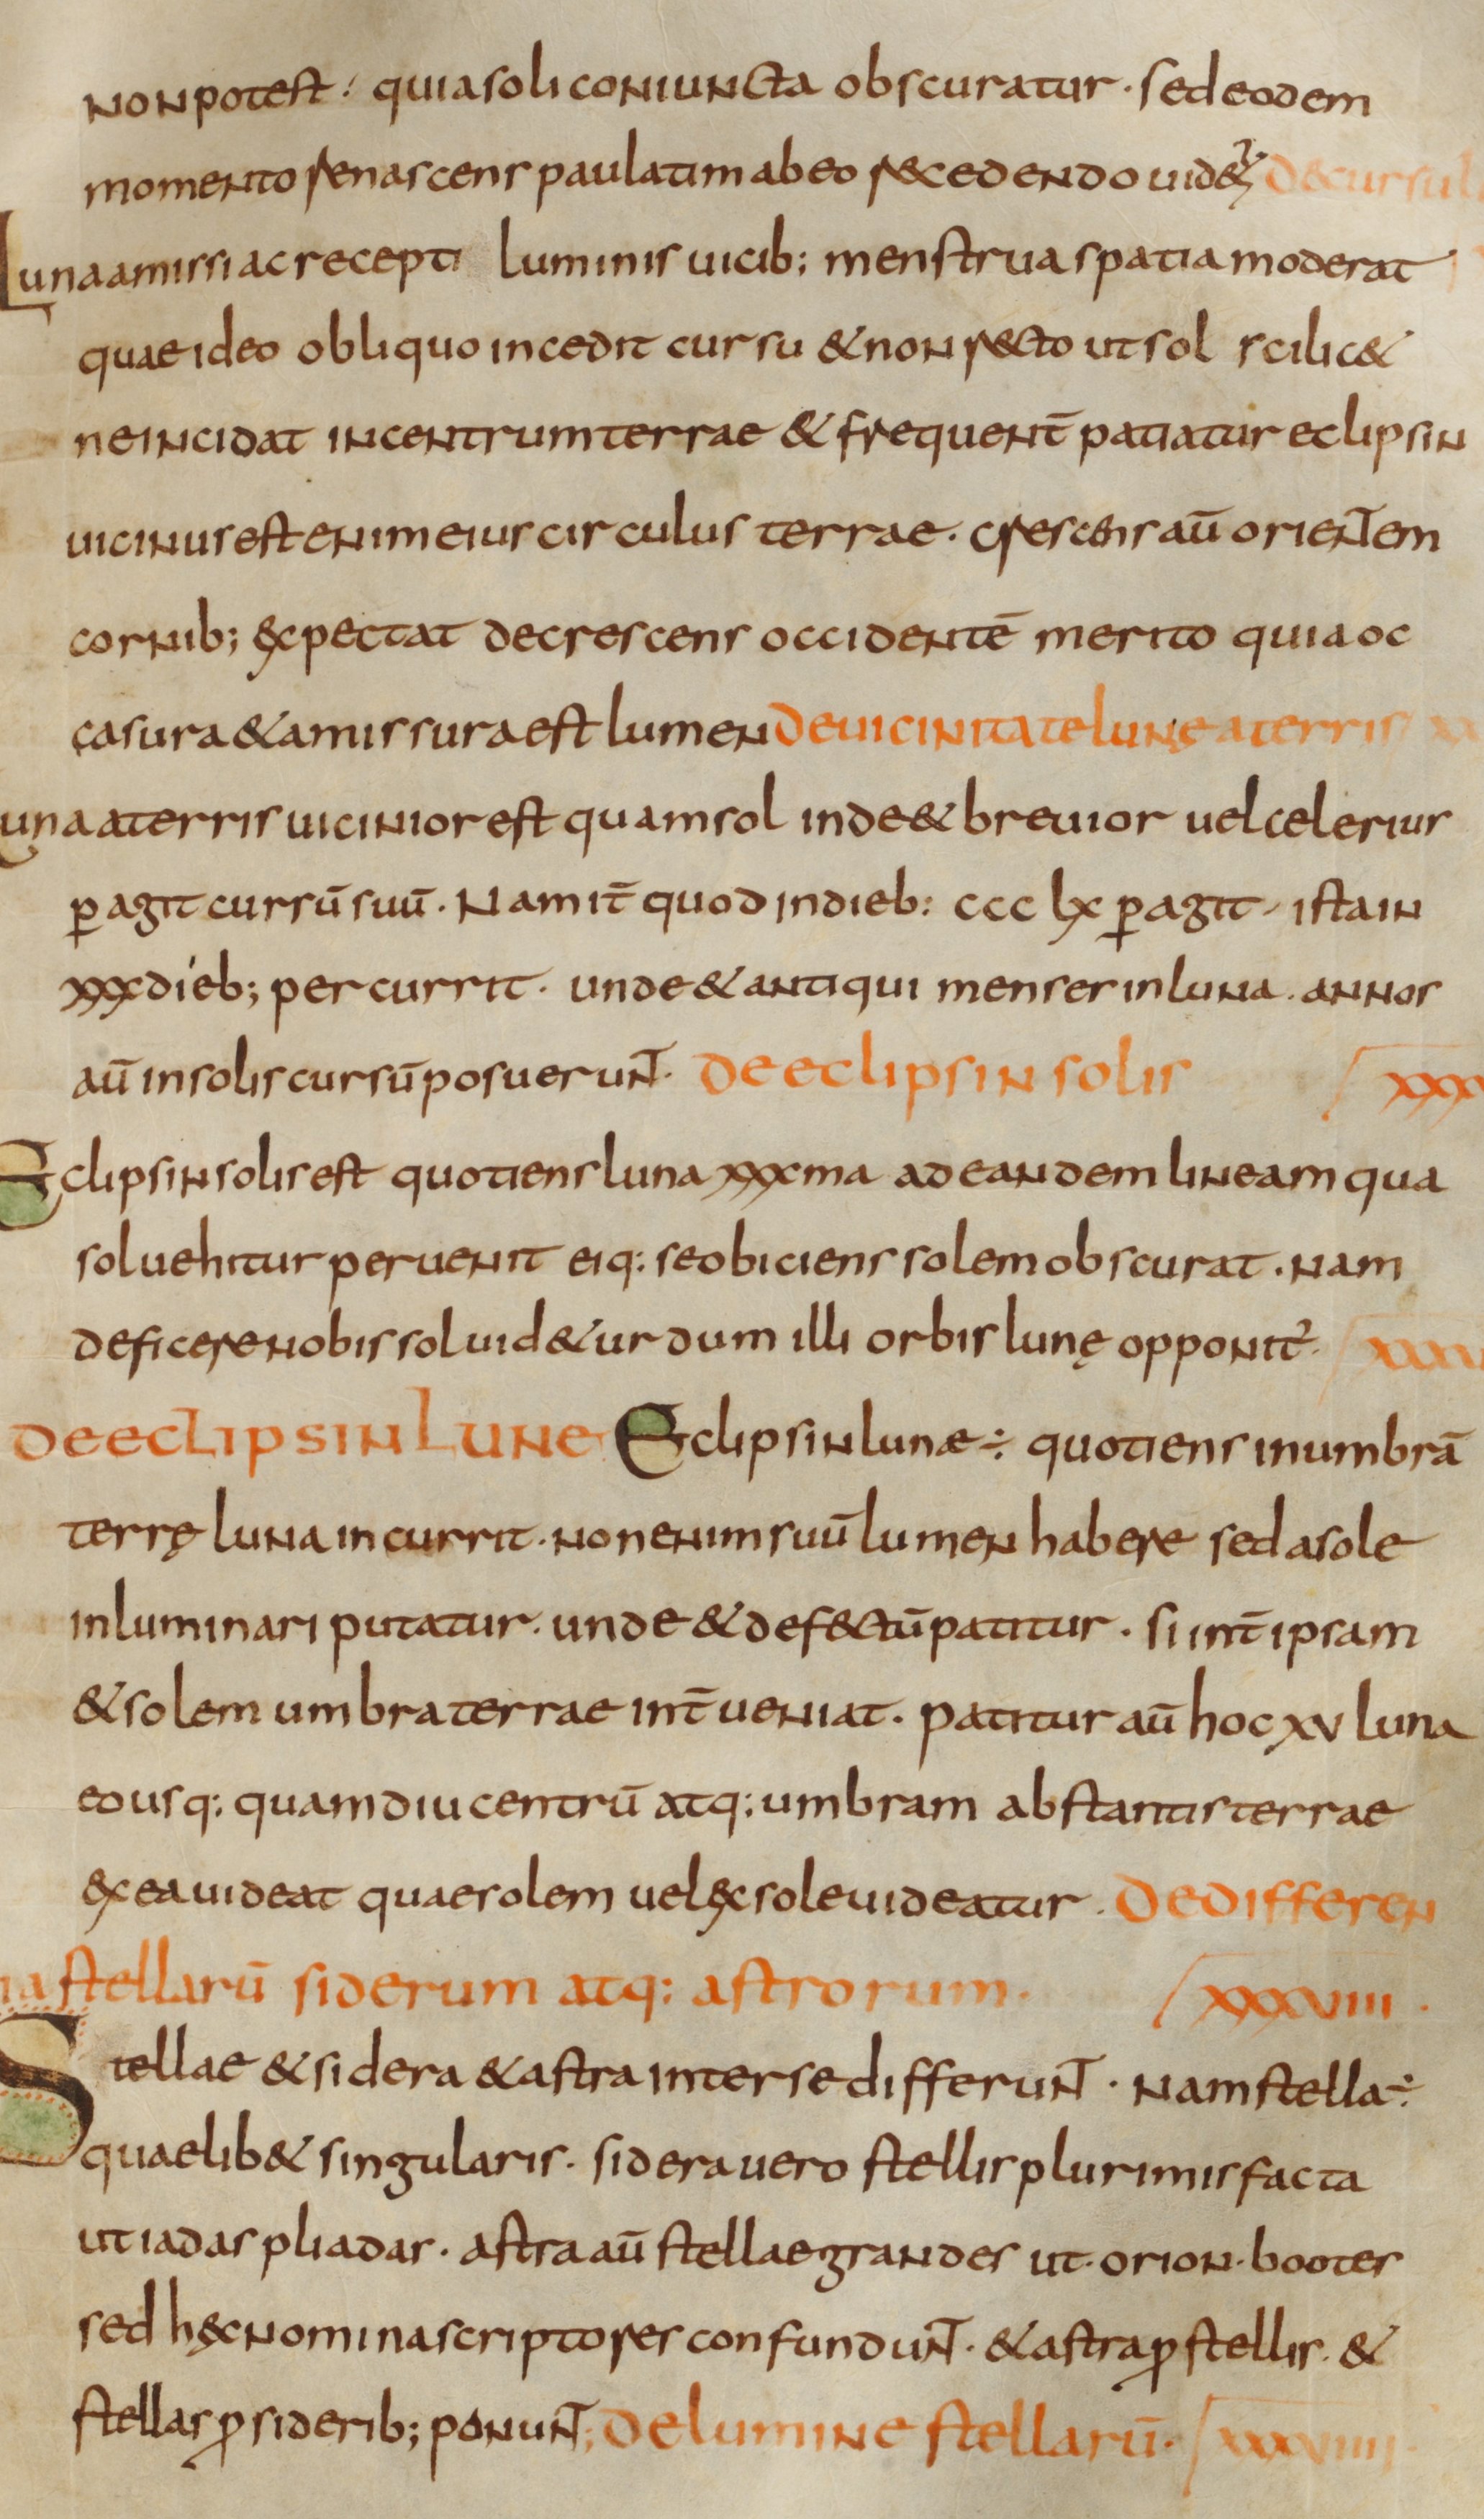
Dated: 800–824